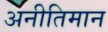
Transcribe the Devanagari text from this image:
अनीतिमान